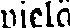
vielä